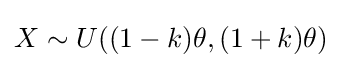
X\sim U((1-k)\theta ,(1+k)\theta )